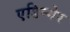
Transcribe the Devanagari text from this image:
एडिन्गेर